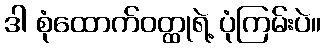
ဒါ စုံထောက်ဝတ္ထုရဲ့ ပုံကြမ်းပဲ။